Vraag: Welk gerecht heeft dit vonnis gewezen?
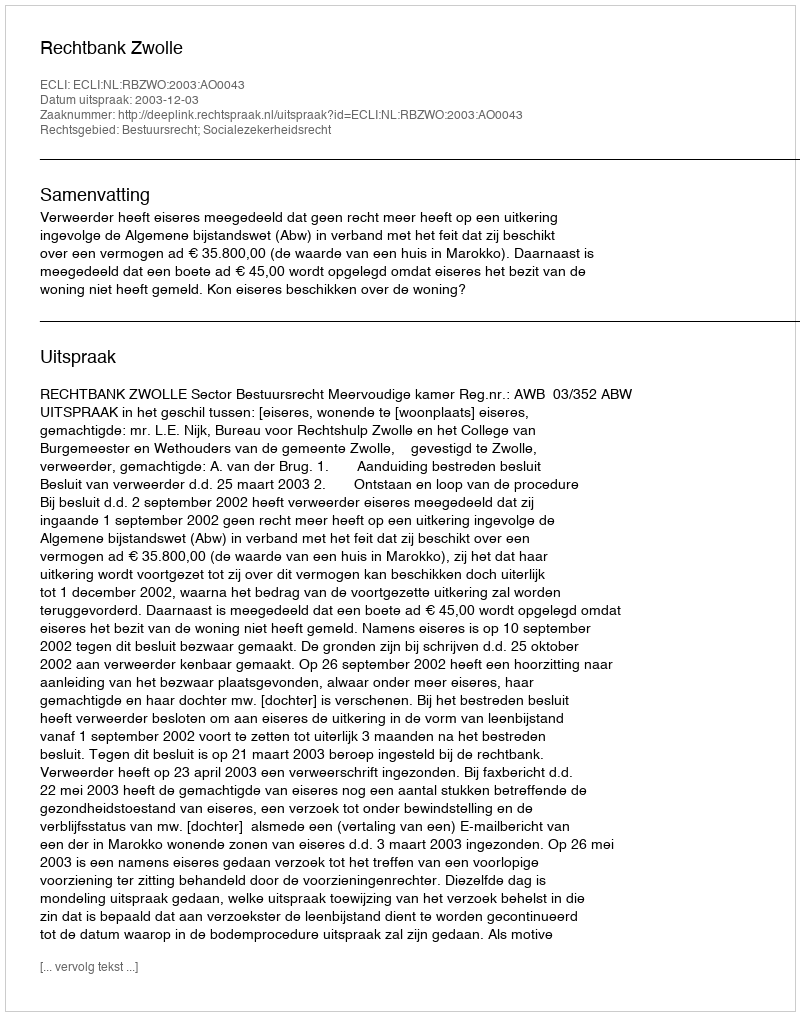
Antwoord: Rechtbank Zwolle